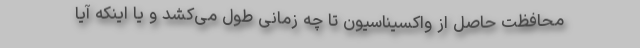
محافظت حاصل از واکسیناسیون تا چه زمانی طول می‌کشد و یا اینکه آیا